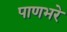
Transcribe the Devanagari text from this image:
पाणभरे